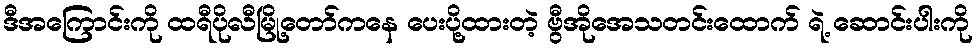
ဒီအကြောင်းကို ထရီပိုလီမြို့တော်ကနေ ပေးပို့ထားတဲ့ ဗွီအိုအေသတင်းထောက် ရဲ့ ဆောင်းပါးကို